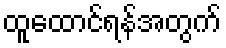
ထူထောင်ရန်အတွက်